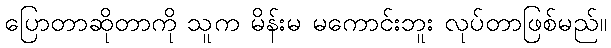
ပြောတာဆိုတာကို သူက မိန်းမ မကောင်းဘူး လုပ်တာဖြစ်မည်။